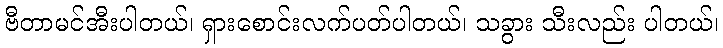
ဗီတာမင်အီးပါတယ်၊ ရှားစောင်းလက်ပတ်ပါတယ်၊ သခွား သီးလည်း ပါတယ်၊